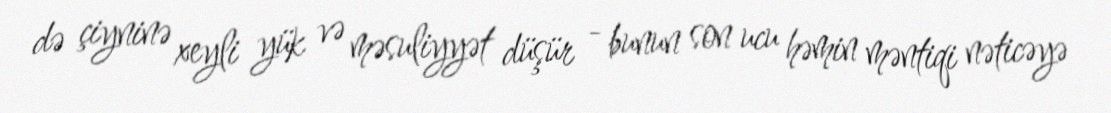
də çiyninə xeyli yük və məsuliyyət düşür - bunun son ucu həmin məntiqi nəticəyə